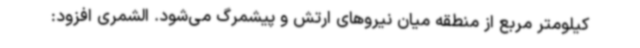
کیلومتر مربع از منطقه میان نیروهای ارتش و پیشمرگ می‌شود. الشمری افزود: